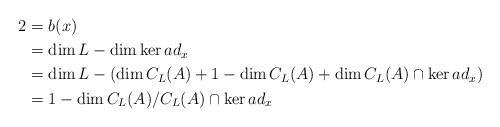
\begin{align*}2&=b(x)\cr&=\dim L-\dim \ker ad_{x}\cr& =\dim L-(\dim C_{L}(A)+1-\dim C_{L}(A)+\dim C_{L}(A)\cap \ker ad_{x})\cr&=1-\dim C_{L}(A)/C_{L}(A) \cap \ker ad_{x}\end{align*}